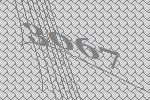
3067